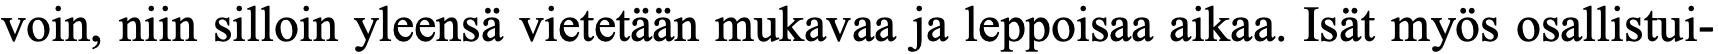
voin, niin silloin yleensä vietetään mukavaa ja leppoisaa aikaa. Isät myös osallistui-